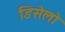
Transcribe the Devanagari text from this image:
डिसेलो